Standards of the constituents of the urine and blood and the bearing of the metabolism of Bengalis on the problems of nutrition - Number 34
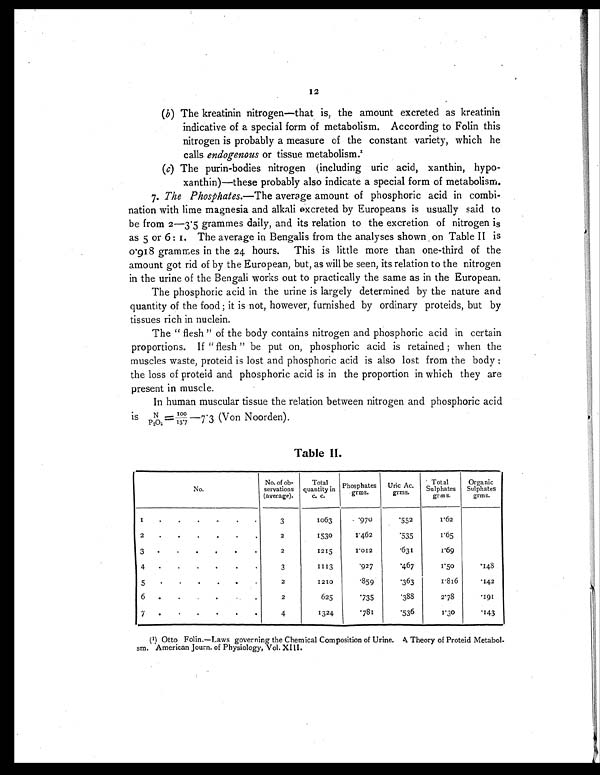
(b) The kreatinin nitrogen—that is, the amount excreted as kreatinin
indicative of a special form of metabolism. According to Folin this
nitrogen is probably a measure of the constant variety, which he
calls endogenous or tissue metabolism.1
(c) The purin-bodies nitrogen (including uric acid, xanthin, hypo-
xanthin)—these probably also indicate a special form of metabolism.
7. The Phosphates.—The average amount of phosphoric acid in combi-
nation with lime magnesia and alkali excreted by Europeans is usually said to
be from 2—3.5 grammes daily, and its relation to the excretion of nitrogen is
as 5 or 6 : 1. The average in Bengalis from the analyses shown on Table II is
0.918 grammes in the 24 hours. This is little more than one-third of the
amount got rid of by the European, but, as will be seen, its relation to the nitrogen
in the urine of the Bengali works out to practically the same as in the European.
The phosphoric acid in the urine is largely determined by the nature and
quantity of the food ; it is not, however, furnished by ordinary proteids, but by
tissues rich in nuclein.
The "flesh" of the body contains nitrogen and phosphoric acid in certain
proportions. If "flesh" be put on, phosphoric acid is retained ; when the
muscles waste, proteid is lost and phosphoric acid is also lost from the body ;
the loss of proteid and phosphoric acid is in the proportion in which they are
present in muscle.
In human muscular tissue the relation between nitrogen and phosphoric acid
is N/P2O5=100/13.7—7.3 (Von Noorden).
Table II.
No.
No. of ob-
nervations
(average).
Total
quantity in
c.
c.
Phosphates
grms.
Uric Ac.
grms.
Total
Sulphates
grms.
Organic
Sulphates
grms.
1 .
. .
.
.
.
3
1063
.970
.552
1.62
2
.
.
.
. .
.
2
1530
1.462
.535
1.65
3
.
.
. .
.
.
2
1215
1.012
.631
1.69
4
.
.
. .
.
.
3
1113
.927
.467
1.50
.148
5
.
.
. .
.
.
2
1210
.859
.363
1.816
.142
6 .
.
. .
. .
2
625
.735
.388
2.78
. 1 9 1
7
.
.
.
.
. .
4
1324
.781
.536
1.30
.143
(1) Otto Folin.—Laws governing the Chemical Composition of Urine. A Theory of Proteid Metabol-
sm. American Journ. of Physiology, Vol. XIII.